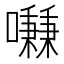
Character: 𱕢